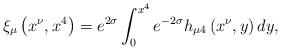
LaTeX: \begin{align*}\xi_{\mu}\left(x^{\nu},x^{4}\right)=e^{2\sigma}\int_{0}^{x^{4}}e^{-2\sigma}h_{\mu4}\left(x^{\nu},y\right)dy,\end{align*}